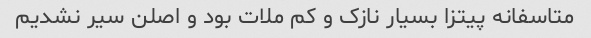
متاسفانه پیتزا بسیار نازک و کم ملات بود و اصلن سیر نشدیم